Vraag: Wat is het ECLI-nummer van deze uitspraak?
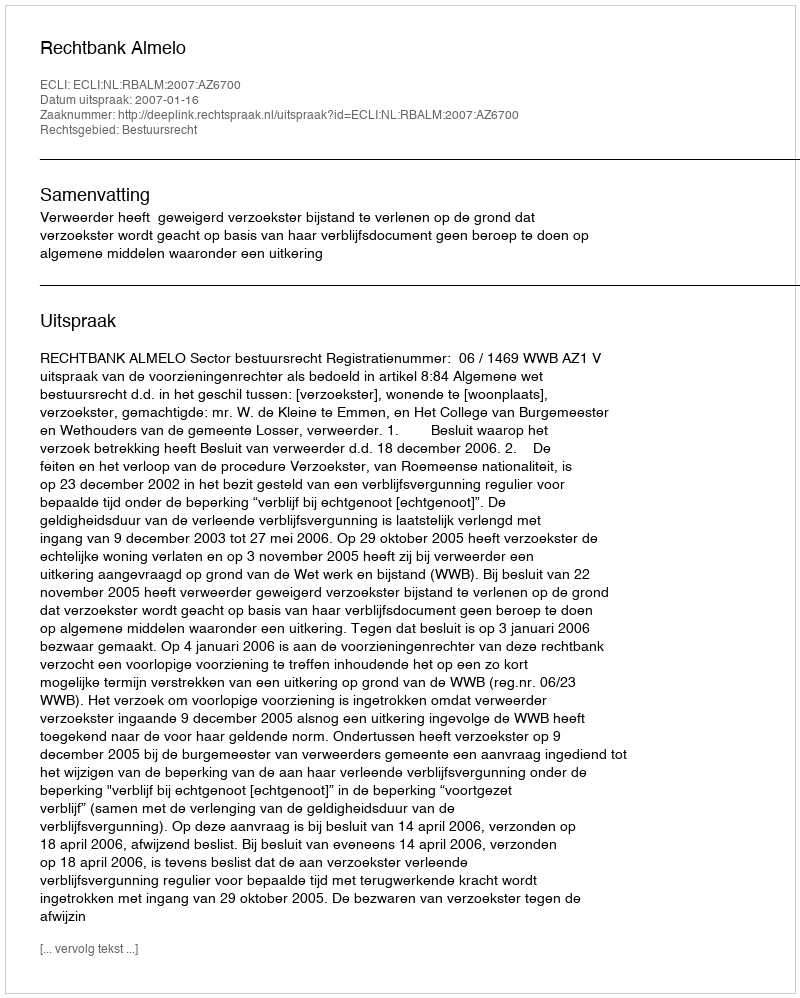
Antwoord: ECLI:NL:RBALM:2007:AZ6700